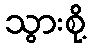
သွားစို့